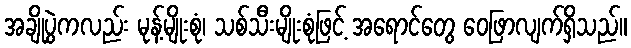
အချိုပွဲကလည်း မုန့်မျိုးစုံ၊ သစ်သီးမျိုးစုံဖြင့် အရောင်တွေ ဝေဖြာလျက်ရှိသည်။